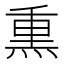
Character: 𤋱